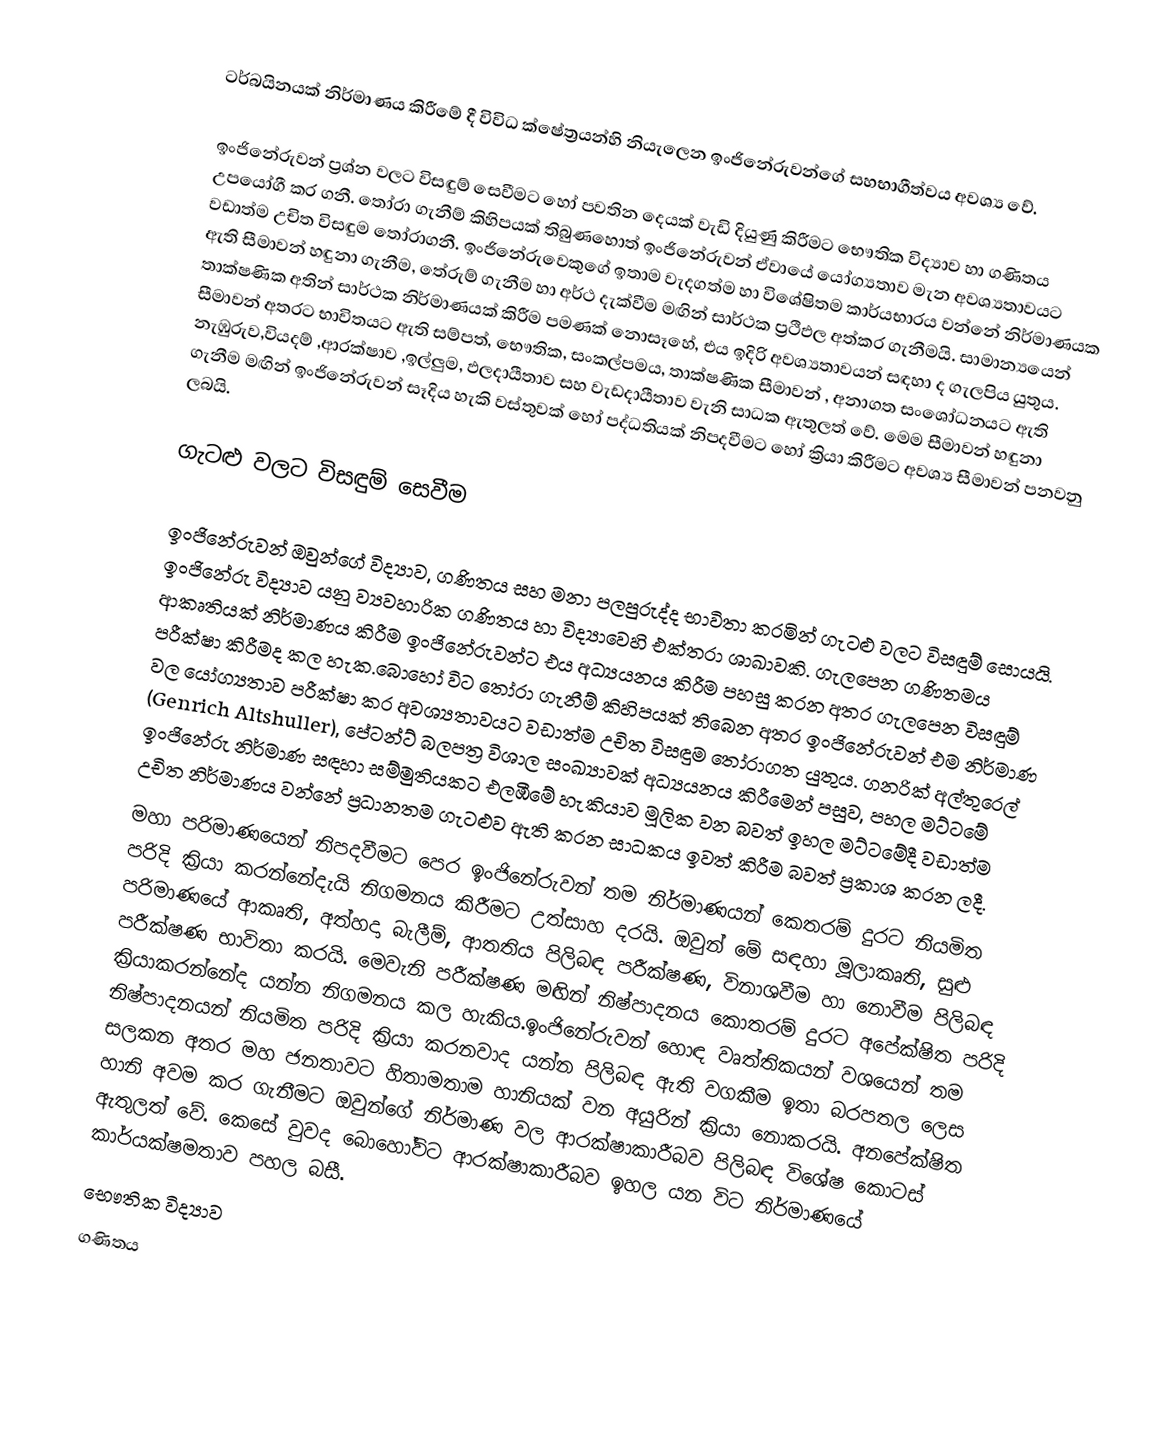
ටර්බයිනයක් නිර්මාණය කිරීමේ දී විවිධ ක්ෂේත්‍රයන්හි නියැලෙන ඉංජිනේරුවන්ගේ සහභාගීත්වය අවශ්‍ය වේ.

ඉංජිනේරුවන් ප්‍රශ්න වලට විසඳුම් සෙවීමට හෝ පවතින දෙයක් වැඩි දියුණු කිරීමට භෞතික විද්‍යාව හා ගණිතය උපයෝගී කර ගනී. තෝරා ගැනීම් කිහිපයක් තිබුණහොත් ඉංජිනේරුවන් ඒවායේ යෝග්‍යතාව මැන අවශ්‍යතාවයට වඩාත්ම උචිත විසඳුම තෝරාගනී. ඉංජිනේරුවෙකුගේ ඉතාම වැදගත්ම හා විශේෂිතම කාර්යභාරය වන්නේ නිර්මාණයක ඇති සීමාවන් හඳුනා ගැනීම, තේරුම් ගැනීම හා අර්ථ දැක්වීම මඟින් සාර්ථක ප්‍රථිඵල අත්කර ගැනීමයි. සාමාන්‍යයෙන් තාක්ෂණික අතින් සාර්ථක නිර්මාණයක් කිරීම පමණක් නොසෑහේ, එය ඉදිරි  අවශ්‍යතාවයන් සඳහා ද ගැලපිය යුතුය.  සීමාවන් අතරට භාවිතයට ඇති සම්පත්, භෞතික, සංකල්පමය, තාක්ෂණික සීමාවන් , අනාගත සංශෝධනයට ඇති නැඹුරුව,වියදම් ,ආරක්ෂාව ,ඉල්ලුම, ඵලදායීතාව සහ වැඩදායීතාව වැනි සාධක ඇතුලත් වේ. මෙම සීමාවන් හඳුනා ගැනීම මඟින් ඉංජිනේරුවන් සෑදිය හැකි වස්තුවක් හෝ පද්ධතියක් නිපදවීමට හෝ ක්‍රියා කිරීමට අවශ්‍ය සීමාවන් පනවනු ලබයි.

ගැටළු වලට විසඳුම් සෙවීම

ඉංජිනේරුවන් ඔවුන්ගේ විද්‍යාව, ගණිතය සහ මනා පලපුරුද්ද භාවිතා කරමින් ගැටළු වලට විසඳුම් සොයයි. ඉංජිනේරු විද්‍යාව යනු ව්‍යවහාරික ගණිතය හා විද්‍යාවෙහි එක්තරා ශාඛාවකි. ගැලපෙන ගණිතමය ආකෘතියක් නිර්මාණය කිරීම ඉංජිනේරුවන්ට එය අධ්‍යයනය කිරීම පහසු කරන අතර ගැලපෙන විසඳුම් පරීක්ෂා කිරීමද කල හැක.බොහෝ විට තෝරා ගැනීම් කිහිපයක් තිබෙන අතර ඉංජිනේරුවන් එම නිර්මාණ වල යෝග්‍යතාව පරීක්ෂා කර අවශ්‍යතාවයට වඩාත්ම උචිත විසඳුම තෝරාගත යුතුය. ගනරික් අල්තුරෙල් (Genrich Altshuller), පේටන්ට් බලපත්‍ර විශාල සංඛ්‍යාවක් අධ්‍යයනය කිරීමෙන් පසුව, පහල මට්ටමේ ඉංජිනේරු නිර්මාණ සඳහා සම්මුතියකට එලඹීමේ හැකියාව මූලික වන බවත් ඉහල මට්ටමේදී වඩාත්ම උචිත නිර්මාණය වන්නේ ප්‍රධානතම ගැටළුව ඇති කරන සාධකය ඉවත් කිරීම බවත් ප්‍රකාශ කරන ලදී.
මහා පරිමාණයෙන් නිපදවීමට පෙර ඉංජිනේරුවන් තම නිර්මාණයන් කෙතරම් දුරට නියමිත පරිදි ක්‍රියා කරන්නේදැයි නිගමනය කිරීමට උත්සාහ දරයි. ඔවුන් මේ සඳහා මූලාකෘති, සුළු පරිමාණයේ ආකෘති, අත්හදා බැලීම්, ආතතිය පිලිබඳ පරීක්ෂණ, විනාශවීම හා නොවීම පිලිබඳ පරීක්ෂණ භාවිතා කරයි. මෙවැනි පරීක්ෂණ මඟින් නිෂ්පාදනය කොතරම් දුරට අපේක්ෂිත පරිදි ක්‍රියාකරන්නේද යන්න නිගමනය කල හැකිය.ඉංජිනේරුවන් හොඳ වෘත්තිකයන් වශයෙන් තම නිෂ්පාදනයන් නියමිත පරිදි ක්‍රියා කරනවාද යන්න පිලිබඳ ඇති වගකීම ඉතා බරපතල ලෙස සලකන අතර මහ ජනතාවට හිතාමතාම හානියක් වන අයුරින් ක්‍රියා නොකරයි. අනපේක්ෂිත හානි අවම කර ගැනීමට ඔවුන්ගේ නිර්මාණ වල ආරක්ෂාකාරීබව පිලිබඳ විශේෂ කොටස් ඇතුලත් වේ. කෙසේ වුවද බොහෝවිට ආරක්ෂාකාරීබව ඉහල යන විට නිර්මාණයේ කාර්යක්ෂමතාව පහල බසී.
භෞතික විද්‍යාව
ගණිතය